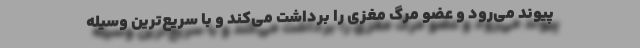
پیوند می‌رود و عضو مرگ مغزی را برداشت می‌کند و با سریع‌ترین وسیله